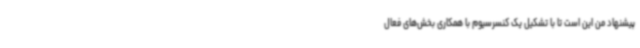
پیشنهاد من این است تا با تشکیل یک کنسرسیوم با همکاری بخش‌های فعال